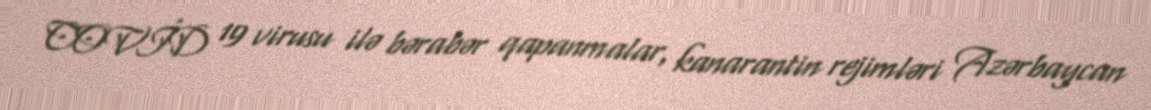
COVİD 19 virusu ilə bərabər qapanmalar, kanarantin rejimləri Azərbaycan